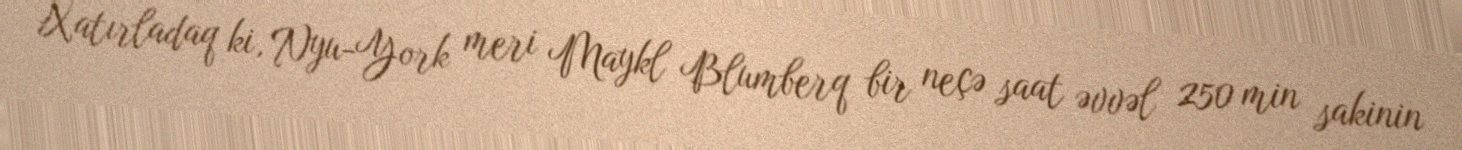
Xatırladaq ki, Nyu-York meri Maykl Blumberq bir neçə saat əvvəl 250 min sakinin